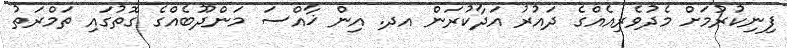
ފިނިކުރުމަށް މެދުވެރިއެއްގެ ދައުރު އަދާކުރަން އދ. އިން ޚާއްސަ މަންދޫބެއްގެ ގޮތުގައި ތަމްރަތު